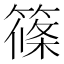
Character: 篠